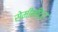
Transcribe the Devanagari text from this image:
सेमीमीटर